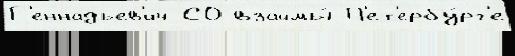
Г'еннадьев'ич СО взаймы́ П'ет'ербу́рг'е